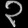
Digit: ၃